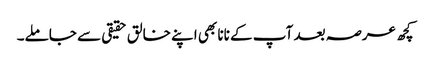
کچھ عرصہ بعد آپ کے نانا بھی اپنے خالق حقیقی سے جاملے۔